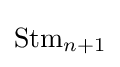
{\text{Stm}}_{n+1}